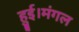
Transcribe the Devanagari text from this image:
हुई।मंगल